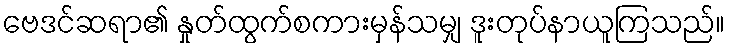
ဗေဒင်ဆရာ၏ နှုတ်ထွက်စကားမှန်သမျှ ဒူးတုပ်နာယူကြသည်။